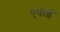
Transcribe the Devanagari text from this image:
एपीई